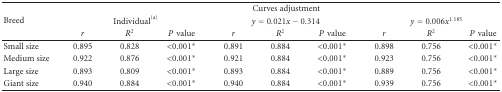
<table><thead><tr><td rowspan="3"><b>Breed</b></td><td colspan="9"><b>Curves adjustment</b></td></tr><tr><td colspan="3"><b>Individual<sup>(a)</sup></b></td><td colspan="3"><b><i>y</i> = 0.021<i>x</i> − 0.314</b></td><td colspan="3"><b><i>y</i> = 0.006<i>x</i><sup>1.185</sup></b></td></tr><tr><td><b><i>r</i></b></td><td><b><i>R</i><sup>2</sup></b></td><td><b><i>P</i>value</b></td><td><b><i>r</i></b></td><td><b><i>R</i><sup>2</sup></b></td><td><b><i>P</i>value</b></td><td><b><i>r</i></b></td><td><b><i>R</i><sup>2</sup></b></td><td><b><i>P</i>value</b></td></tr></thead><tbody><tr><td>Small size</td><td>0.895</td><td>0.828</td><td>&lt;0.001<sup>∗</sup></td><td>0.891</td><td>0.884</td><td>&lt;0.001<sup>∗</sup></td><td>0.898</td><td>0.756</td><td>&lt;0.001<sup>∗</sup></td></tr><tr><td>Medium size</td><td>0.922</td><td>0.876</td><td>&lt;0.001<sup>∗</sup></td><td>0.921</td><td>0.884</td><td>&lt;0.001<sup>∗</sup></td><td>0.923</td><td>0.756</td><td>&lt;0.001<sup>∗</sup></td></tr><tr><td>Large size</td><td>0.893</td><td>0.809</td><td>&lt;0.001<sup>∗</sup></td><td>0.893</td><td>0.884</td><td>&lt;0.001<sup>∗</sup></td><td>0.889</td><td>0.756</td><td>&lt;0.001<sup>∗</sup></td></tr><tr><td>Giant size</td><td>0.940</td><td>0.884</td><td>&lt;0.001<sup>∗</sup></td><td>0.940</td><td>0.884</td><td>&lt;0.001<sup>∗</sup></td><td>0.939</td><td>0.756</td><td>&lt;0.001<sup>∗</sup></td></tr></tbody></table>